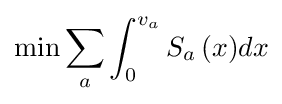
\min \sum _{a}{\int _{0}^{v_{a}}{S_{a}\left(x\right)}}dx